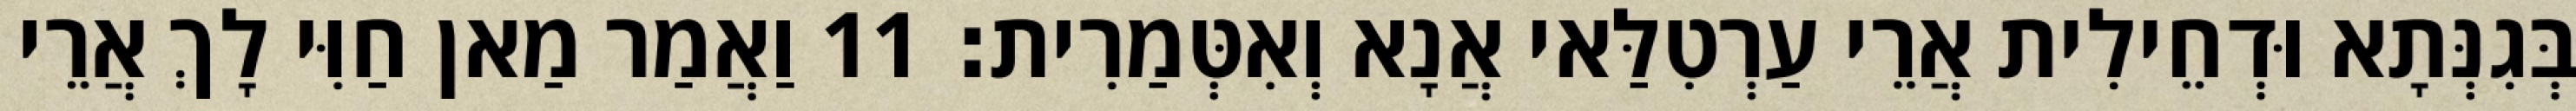
בְּגִנְּתָא וּדְחֵילִית אֲרֵי עַרְטִלַּאי אֲנָא וְאִטְּמַרִית׃ 11 וַאֲמַר מַאן חַוִּי לָךְ אֲרֵי